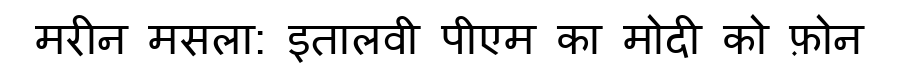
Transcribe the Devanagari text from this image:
मरीन मसला: इतालवी पीएम का मोदी को फ़ोन